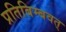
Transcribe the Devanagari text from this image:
प्रतिबिम्बवत्